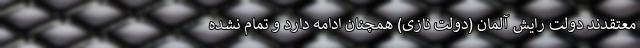
معتقدند دولت رایش آلمان (دولت نازی‌) همچنان ادامه دارد و تمام نشده